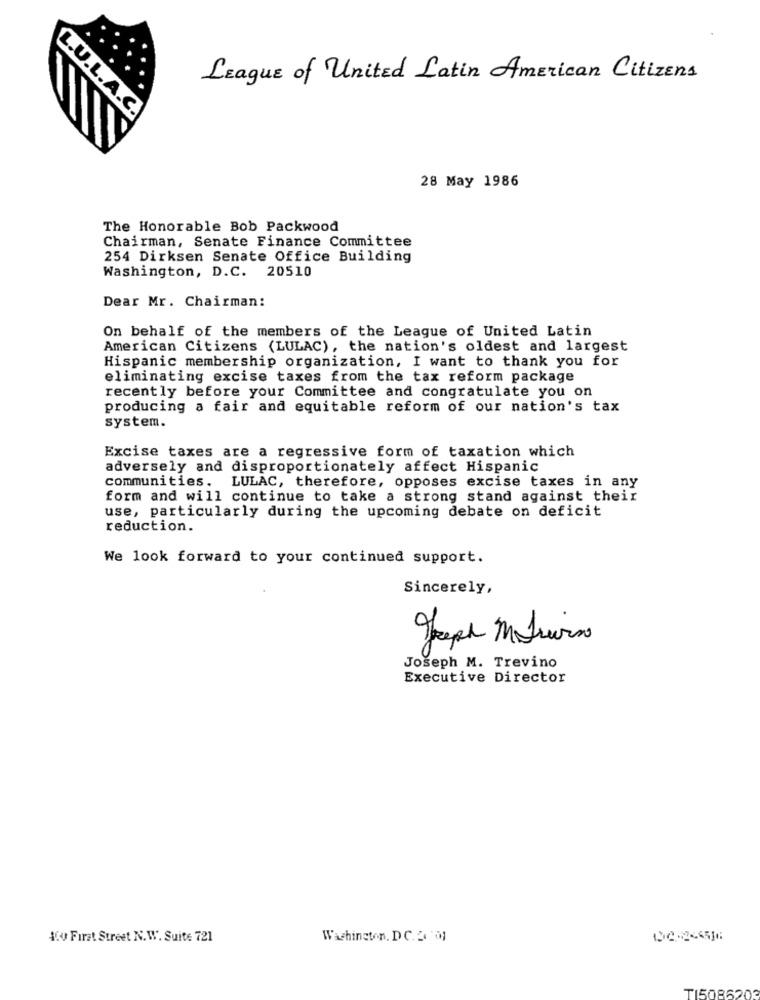
League of United Latin American Citizens
L.U.L.A.C.
28 May 1986
The Honorable Bob Packwood
Chairman, Senate Finance Committee
254 Dirksen Senate Office Building
Washington, D.C. 20510
Dear Mr. Chairman:
On behalf of the members of the League of United Latin
American Citizens (LULAC), the nation's oldest and largest
Hispanic membership organization, I want to thank you for
eliminating excise taxes from the tax reform package
recently before your Committee and congratulate you on
producing a fair and equitable reform of our nation's tax
system.
Excise taxes are a regressive form of taxation which
adversely and disproportionately affect Hispanic
communities. LULAC, therefore, opposes excise taxes in any
form and will continue to take a strong stand against their
use, particularly during the upcoming debate on deficit
reduction.
We look forward to your continued support.
Sincerely,
Joseph M. Trevino
Executive Director
4 First Street N.W. Suite 721
Washington, DC. 2 '01
TI50862